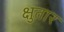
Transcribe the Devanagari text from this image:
क्षुतार